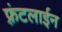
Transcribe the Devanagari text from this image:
फ़्रंटलाईन